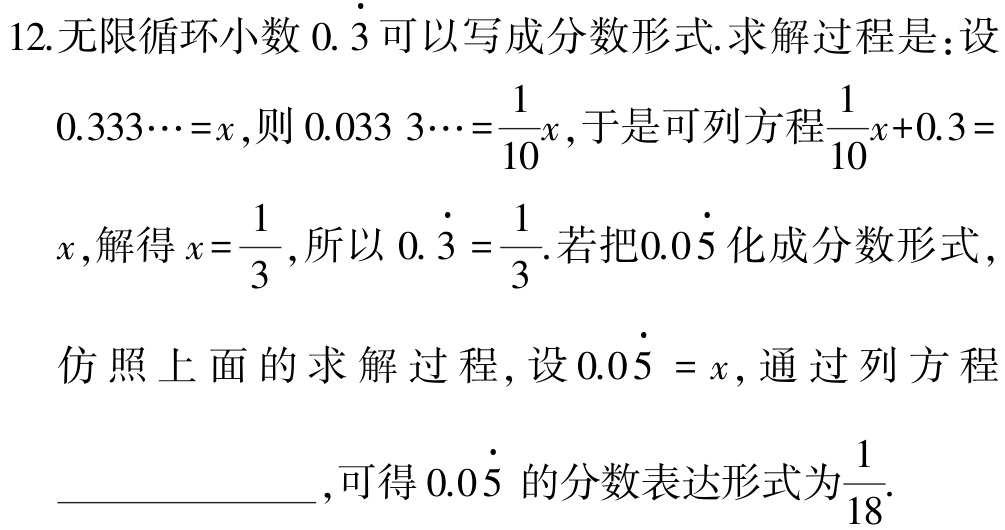
12.无限循环小数\(0.\dot{3}\)可以写成分数形式.求解过程是：设\(0.333\cdots =x\)，则\(0.033\ 3\cdots=\frac{1}{10}x\)，于是可列方程\(\frac{1}{10}x + 0.3 = x\)，解得\(x = \frac{1}{3}\)，所以\(0.\dot{3}=\frac{1}{3}\).若把\(0.0\dot{5}\)化成分数形式，仿照上面的求解过程，设\(0.0\dot{5}=x\)，通过列方程  ，可得\(0.0\dot{5}\)的分数表达形式为\(\frac{1}{18}\).